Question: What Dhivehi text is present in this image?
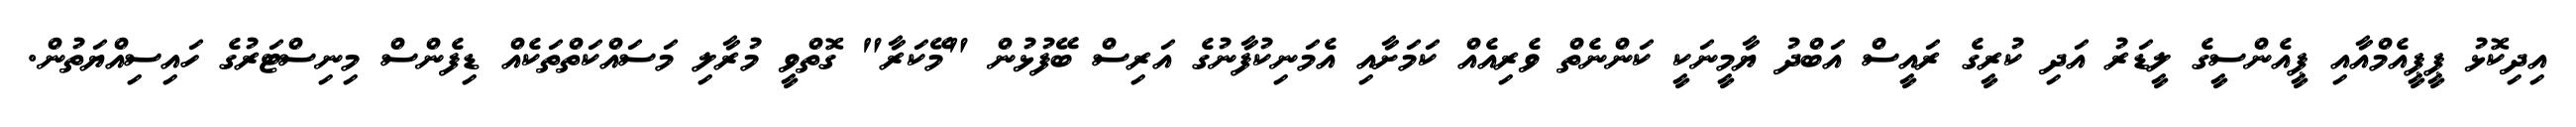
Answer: އިދިކޮޅު ޕީޕީއެމްއާއި ޕީއެންސީގެ ލީޑަރު އަދި ކުރީގެ ރައީސް އަބްދު ޔާމީނަކީ ކަންނެތް ވެރިއެއް ކަމަށާއި އެމަނިކުފާނުގެ އަރިސް ބޭފުޅުން "މޭކަރާ" ގޮތްވީ މުރާލި މަސައްކަތްތަކެއް ޑިފެންސް މިނިސްޓަރުގެ ހައިސިއްޔަތުން.